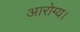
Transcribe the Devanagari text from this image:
आरोग्य।